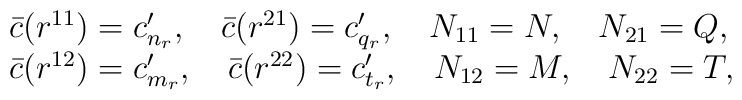
\begin{array}{l}\bar{c}(r^{11})=c'_{n_{r}},\quad \bar{c}(r^{21})=c'_{q_{r}},\quad N_{11}=N, \quad N_{21}=Q, \\\bar{c}(r^{12})=c'_{m_{r}}, \quad \bar{c}(r^{22})=c'_{t_{r}},\quad N_{12}=M, \quad N_{22}=T,\end{array}